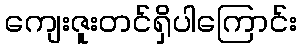
ကျေးဇူးတင်ရှိပါကြောင်း